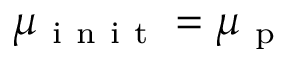
\mu _ { \mathrm { ~ i ~ n ~ i ~ t ~ } } = \mu _ { \mathrm { ~ p ~ } }